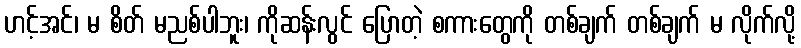
ဟင့်အင်၊ မ စိတ် မညစ်ပါဘူး၊ ကိုဆန်းလွင် ပြောတဲ့ စကားတွေကို တစ်ချက် တစ်ချက် မ လိုက်လို့